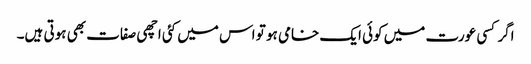
اگر کسی عورت میں کوئی ایک خامی ہو تو اس میں کئی اچھی صفات بھی ہوتی ہیں۔